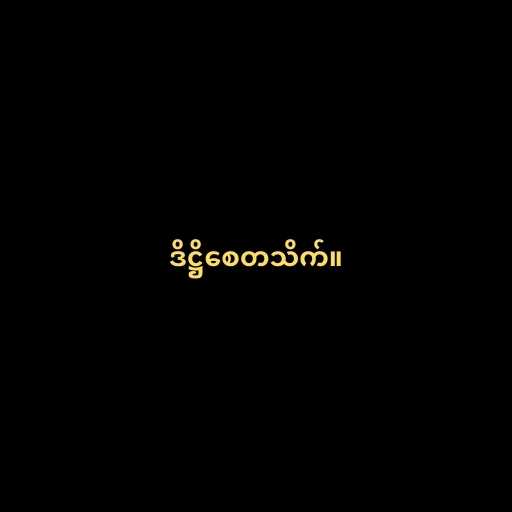
ဒိဋ္ဌိစေတသိက်။